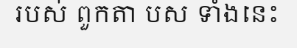
របស់ ពួកតា បស ទាំងនេះ